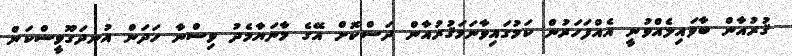
ޤުރުއާން ބާވައިލެއްވުނީ އެއްފަހަރުން ކަމުގައިވާނަމަޤުރުއާން ދަސްކޮށް އޭގެ މާނަޔާމެދު ވިސްނާ ހަދަން އުނދަގޫވީސްކަން